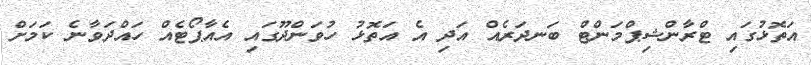
އަތޮޅުގައި ޓްރާންޝިޕްމަންޓް ބަނދަރެއް އަދި އެ އަތޮޅު ހުވަންދޫގައި އެއާޕޯޓެއް ހައްދަވާނެ ކަމަށް